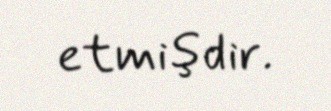
etmişdir.